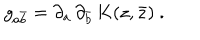
LaTeX: g _ { a \bar { b } } = \partial _ { a } \, \partial _ { \bar { b } } \, K ( z , \bar { z } ) \ .